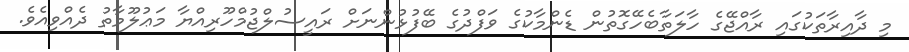
މި ދާއިރާތަކުގައި ރާއްޖޭގެ ހާލަތާބެހޭގޮތުން ޑެންމާކުގެ ވަފްދުގެ ބޭފުޅުންނަށް ރައީސުލްޖުމްހޫރިއްޔާ މަޢުލޫމާތު ދެއްވިއެވެ.